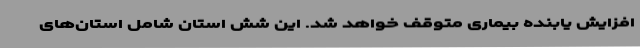
افزایش یابنده بیماری متوقف خواهد شد. این شش استان شامل استان‌های